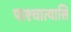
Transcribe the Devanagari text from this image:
पाश्चात्यासि